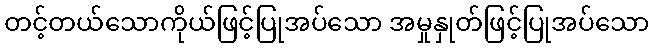
တင့်တယ်သောကိုယ်ဖြင့်ပြုအပ်သော အမှုနှုတ်ဖြင့်ပြုအပ်သော